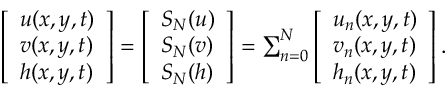
\begin{array} { r } { \left[ \begin{array} { l } { u ( x , y , t ) } \\ { v ( x , y , t ) } \\ { h ( x , y , t ) } \end{array} \right] = \left[ \begin{array} { l } { S _ { N } ( u ) } \\ { S _ { N } ( v ) } \\ { S _ { N } ( h ) } \end{array} \right] = \sum _ { n = 0 } ^ { N } \left[ \begin{array} { l } { u _ { n } ( x , y , t ) } \\ { v _ { n } ( x , y , t ) } \\ { h _ { n } ( x , y , t ) } \end{array} \right] . } \end{array}